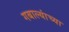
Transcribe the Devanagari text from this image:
गबाल्यांच्या